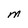
Character: M